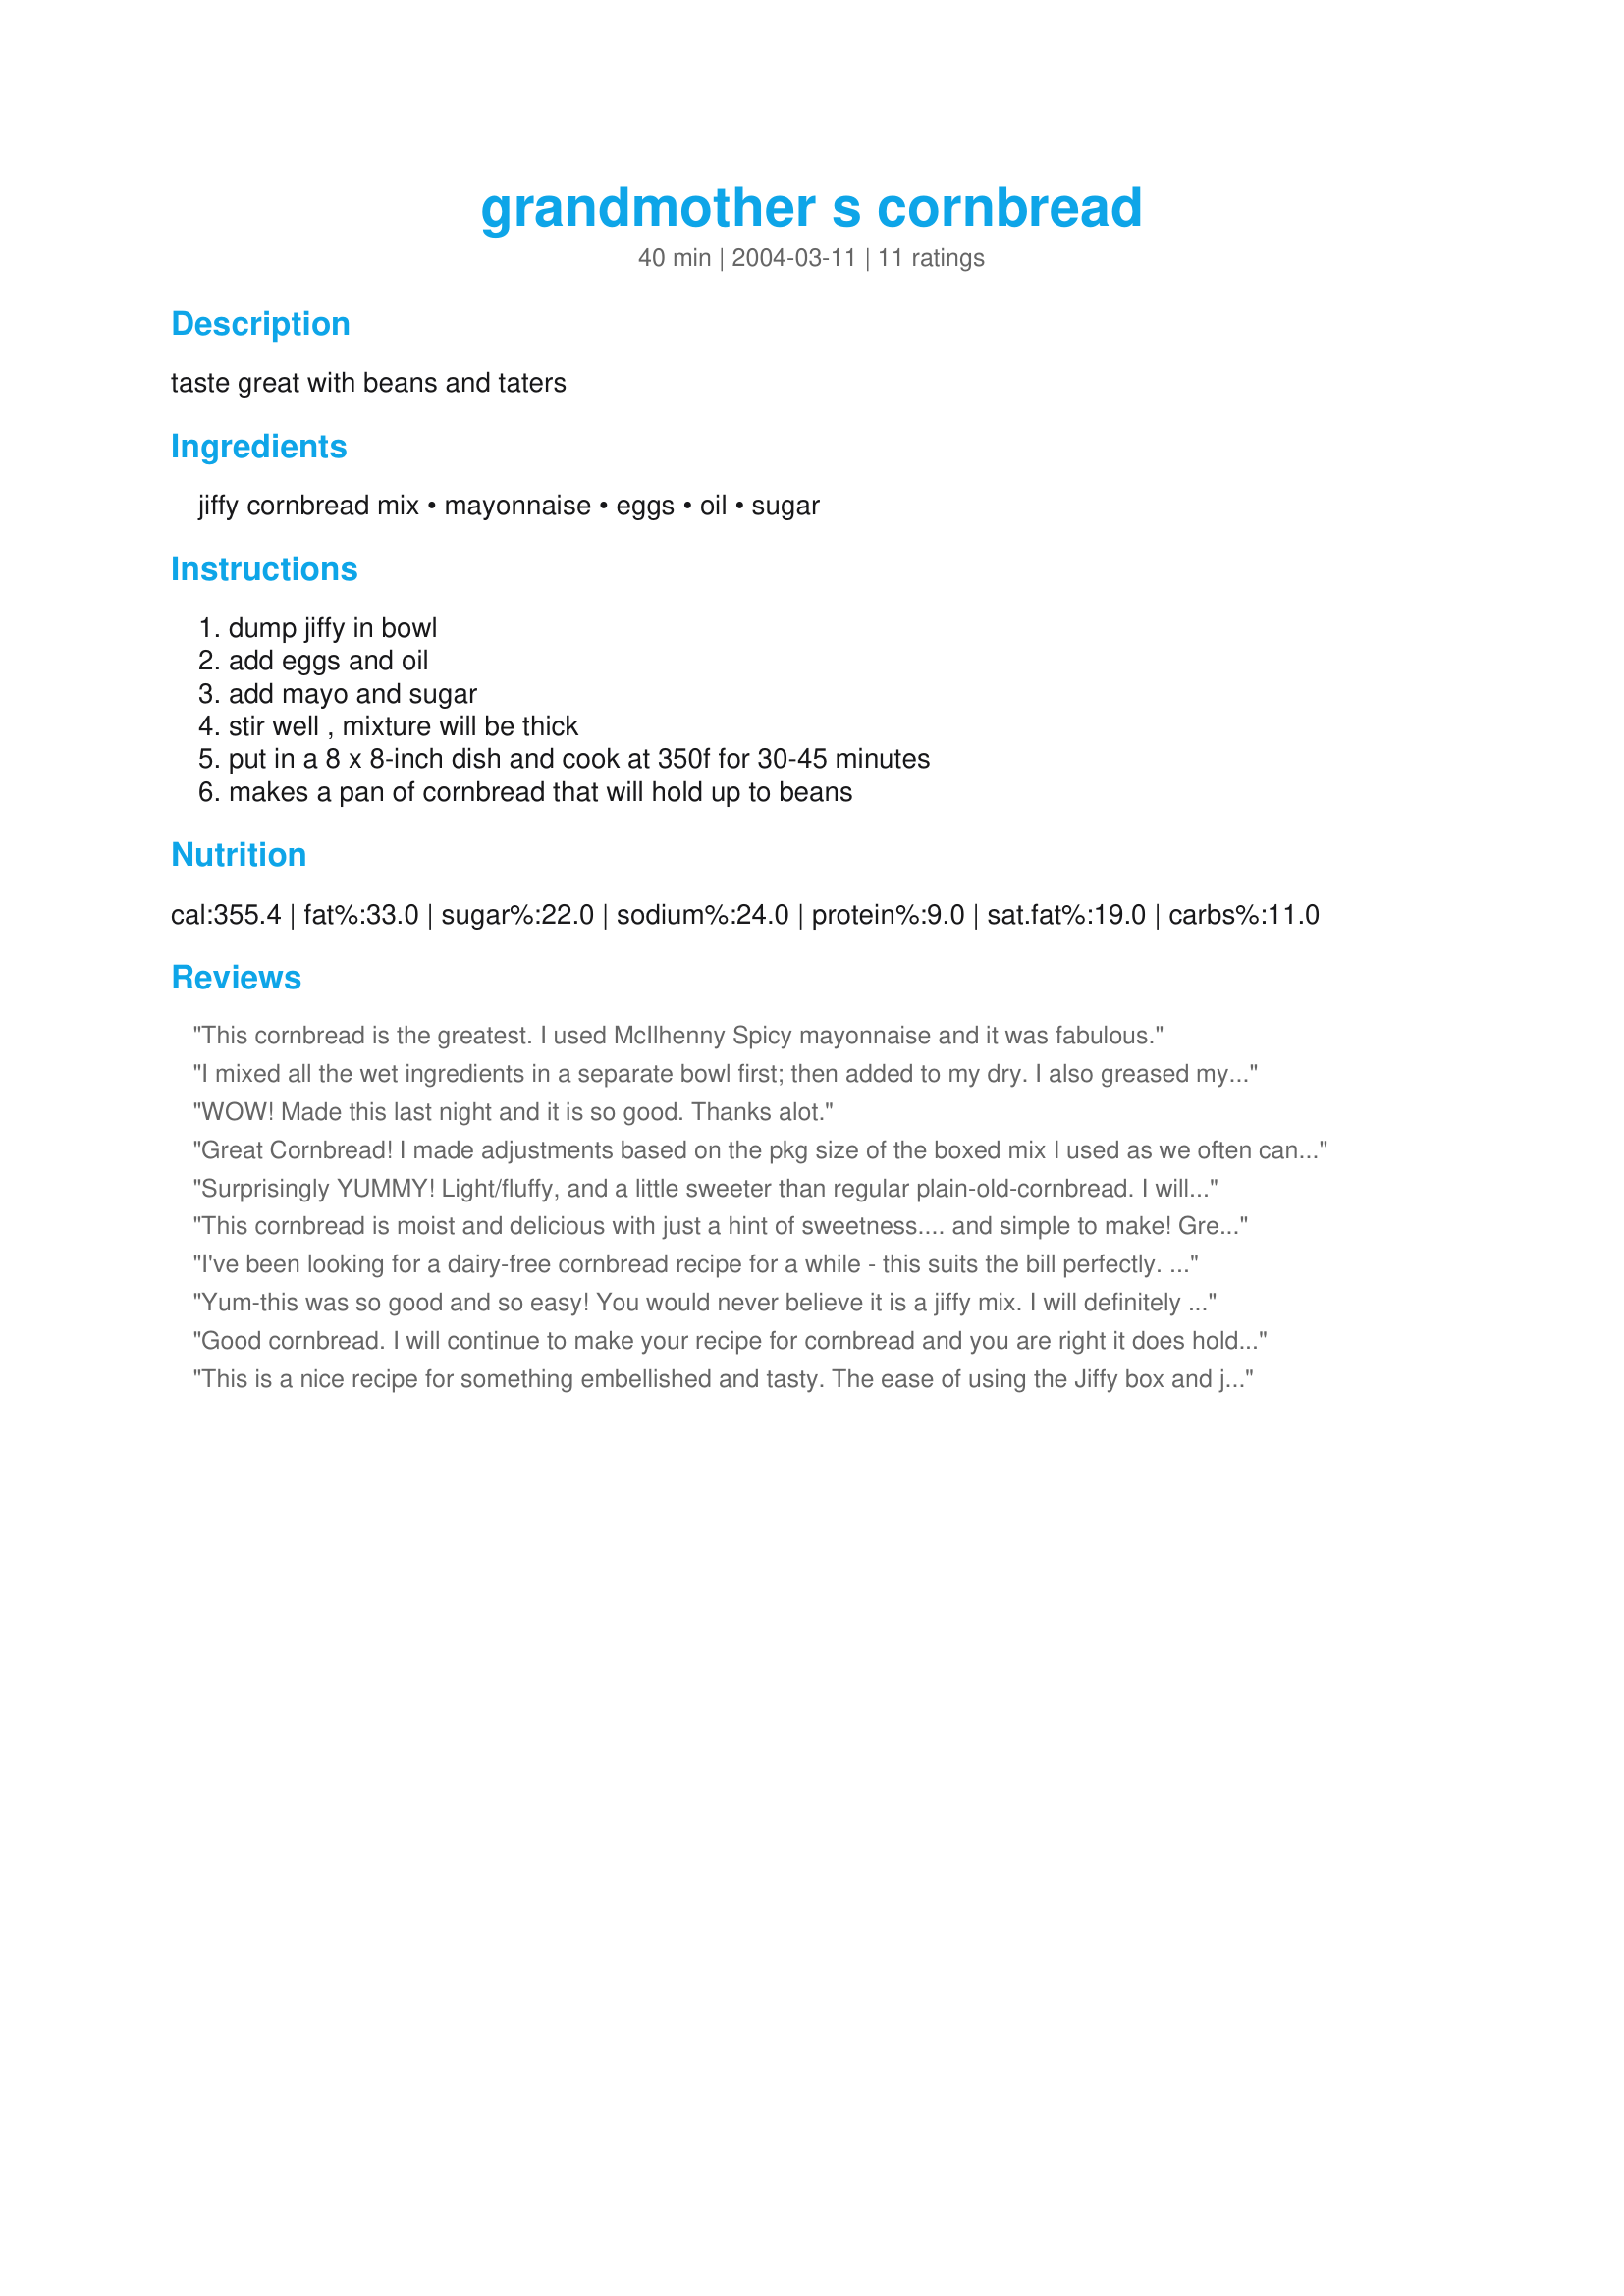
grandmother s cornbread
Preparation time: 40 minutes

taste great with beans and taters

Ingredients:
jiffy cornbread mix, mayonnaise, eggs, oil, sugar

Steps:
dump jiffy in bowl, add eggs and oil, add mayo and sugar, stir well , mixture will be thick, put in a 8 x 8-inch dish and cook at 350f for 30-45 minutes, makes a pan of cornbread that will hold up to beans

Reviews:
This cornbread is the greatest. I used McIlhenny Spicy mayonnaise and it was fabulous.
I mixed all the wet ingredients in a separate bowl first; then added to my dry. I also greased my pan, although that was mentioned to do so. I gave it 4 stars because the timing was a bit too much and it came out a bit dry around the edges. Next time I&#039;ll have to reduce the time to about 25-30 min. and I wonder if greasing the pan may have been the problem? Overall, it was still moist and a very nice cornbread. Thank you for sharing.
WOW! Made this last night and it is so good. Thanks alot.
Great Cornbread! I made adjustments based on the pkg size of the boxed mix I used as we often cannot get an exact ingredient (&amp; size) here in Iceland. I used Morrison&#039;s 6 oz Texas Style Yellow Cornbread Mix (vs an 8 oz Jiffy Mix). Since the dry mix was 25% smaller, I just used 25% less of the add-in ingredients, did not worry about reducing 2 eggs &amp; used brown sugar as a pers pref. I cut a sml piece for myself as a taste test &amp; froze the rest for a family visit from the U.S. next month. Thx for sharing this yummy recipe w/us.
Surprisingly YUMMY! Light/fluffy, and a little sweeter than regular plain-old-cornbread. I will definitely make this again. Thank you!
This cornbread is moist and delicious with just a hint of sweetness.... and simple to make! Great on the side with chili or soup. Thanx for sharing this recipe. I'll make this again.
I've been looking for a dairy-free cornbread recipe for a while - this suits the bill perfectly. Delicious, light, & fluffy - thank you!
Yum-this was so good and so easy! You would never believe it is a jiffy mix. I will definitely be making this again.
Good cornbread. I will continue to make your recipe for cornbread and you are right it does hold up with the beans. Delicious.......Stephanie
This is a nice recipe for something embellished and tasty. The ease of using the Jiffy box and just adding a few ingredients that you already have around the house adding that little something extra. I doubled the recipe and baked it in my 9x9 silicone pan. It was ready to take out in just under minutes and was gobbled up by my family of 4. Thank you, this was just what I was looking for this evening.
Wow! What a transformation from Jiffy box to a yummy and moist cornbread. It is a keeper and will be made often! Thanks for the recommendation Parsley72 and Thanks Ellie’s Mom for sharing your recipe. :)
